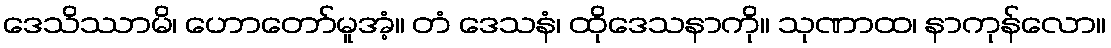
ဒေသိဿာမိ၊ ဟောတော်မူအံ့။ တံ ဒေသနံ၊ ထိုဒေသနာကို။ သုဏာထ၊ နာကုန်လော။